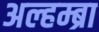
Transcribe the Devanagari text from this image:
अल्हम्ब्रा